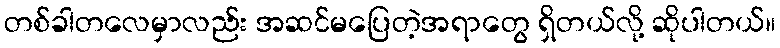
တစ်ခါတလေမှာလည်း အဆင်မပြေတဲ့အရာတွေ ရှိတယ်လို့ ဆိုပါတယ်။